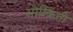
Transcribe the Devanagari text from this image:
ओत्क्रिती